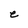
Character: e